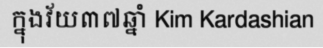
ក្នុងវ័យ៣៧ឆ្នាំ Kim Kardashian